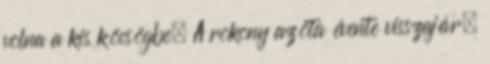
volna a kis köcsögbe. A rokony azóta évente visszajár.